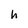
Character: h